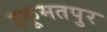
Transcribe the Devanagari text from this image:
हकूमतपुर